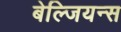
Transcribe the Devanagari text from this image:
बेल्जियन्स